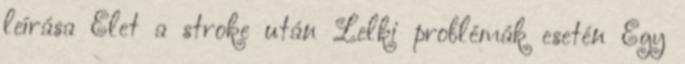
leírása Élet a stroke után Lelki problémák esetén Egy